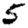
Digit: 5